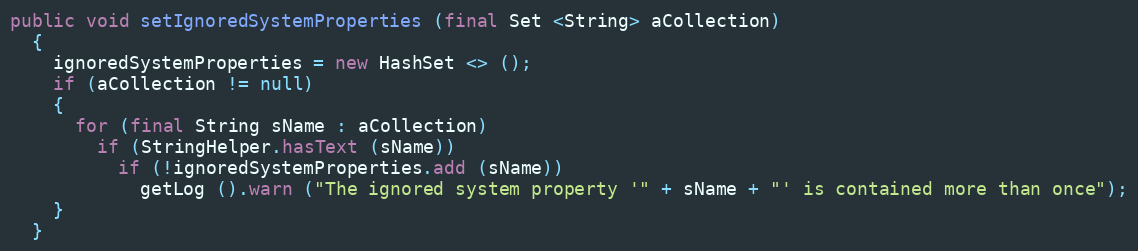
Language: Java
public void setIgnoredSystemProperties (final Set <String> aCollection)
  {
    ignoredSystemProperties = new HashSet <> ();
    if (aCollection != null)
    {
      for (final String sName : aCollection)
        if (StringHelper.hasText (sName))
          if (!ignoredSystemProperties.add (sName))
            getLog ().warn ("The ignored system property '" + sName + "' is contained more than once");
    }
  }